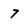
Character: 7